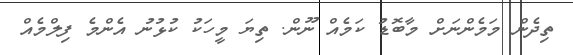
ތިދެން މަމެންނަށް މާބޮޑު ކަމެއް ނޫން. ތިޔަ މީހަކު ކުޅުނު އެންމެ ފިލްމެއް